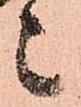
々